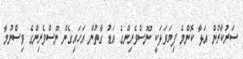
ސަރުކާރުން އަޅާ ކޮންމެ ފިޔަވަޅަކީ ނޫސްވެރިންގެ އަޑު ގާތުން އަހައިގެން ނޫސްވެރިންގެ ވިސްނުމާ